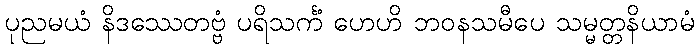
ပုညမယံ နိဒဿေတဗ္ဗံ ပရိသင်္ကံ ဟေဟိ ဘဝနသမီပေ သမ္မတ္တနိယာမံ